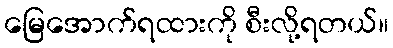
မြေအောက်ရထားကို စီးလို့ရတယ်။